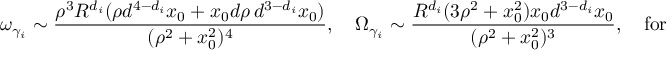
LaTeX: { \omega } _ { \gamma _ { i } } \sim { \frac { \rho ^ { 3 } R ^ { d _ { i } } ( \rho d ^ { 4 - d _ { i } } x _ { 0 } + x _ { 0 } d \rho \, d ^ { 3 - d _ { i } } x _ { 0 } ) } { ( \rho ^ { 2 } + x _ { 0 } ^ { 2 } ) ^ { 4 } } } , \quad { \Omega } _ { \gamma _ { i } } \sim { \frac { R ^ { d _ { i } } ( 3 \rho ^ { 2 } + x _ { 0 } ^ { 2 } ) x _ { 0 } d ^ { 3 - d _ { i } } x _ { 0 } } { ( \rho ^ { 2 } + x _ { 0 } ^ { 2 } ) ^ { 3 } } } , \quad \mathrm { f o r } \, \, x _ { 0 } \rightarrow \infty ,